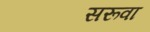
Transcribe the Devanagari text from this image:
सरूवा